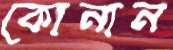
কোনান